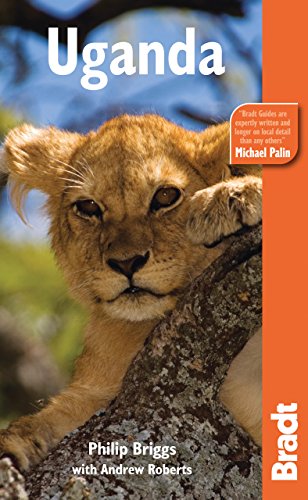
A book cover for Uganda, 6th (Bradt Travel Guide Uganda); Philip Briggs; Travel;